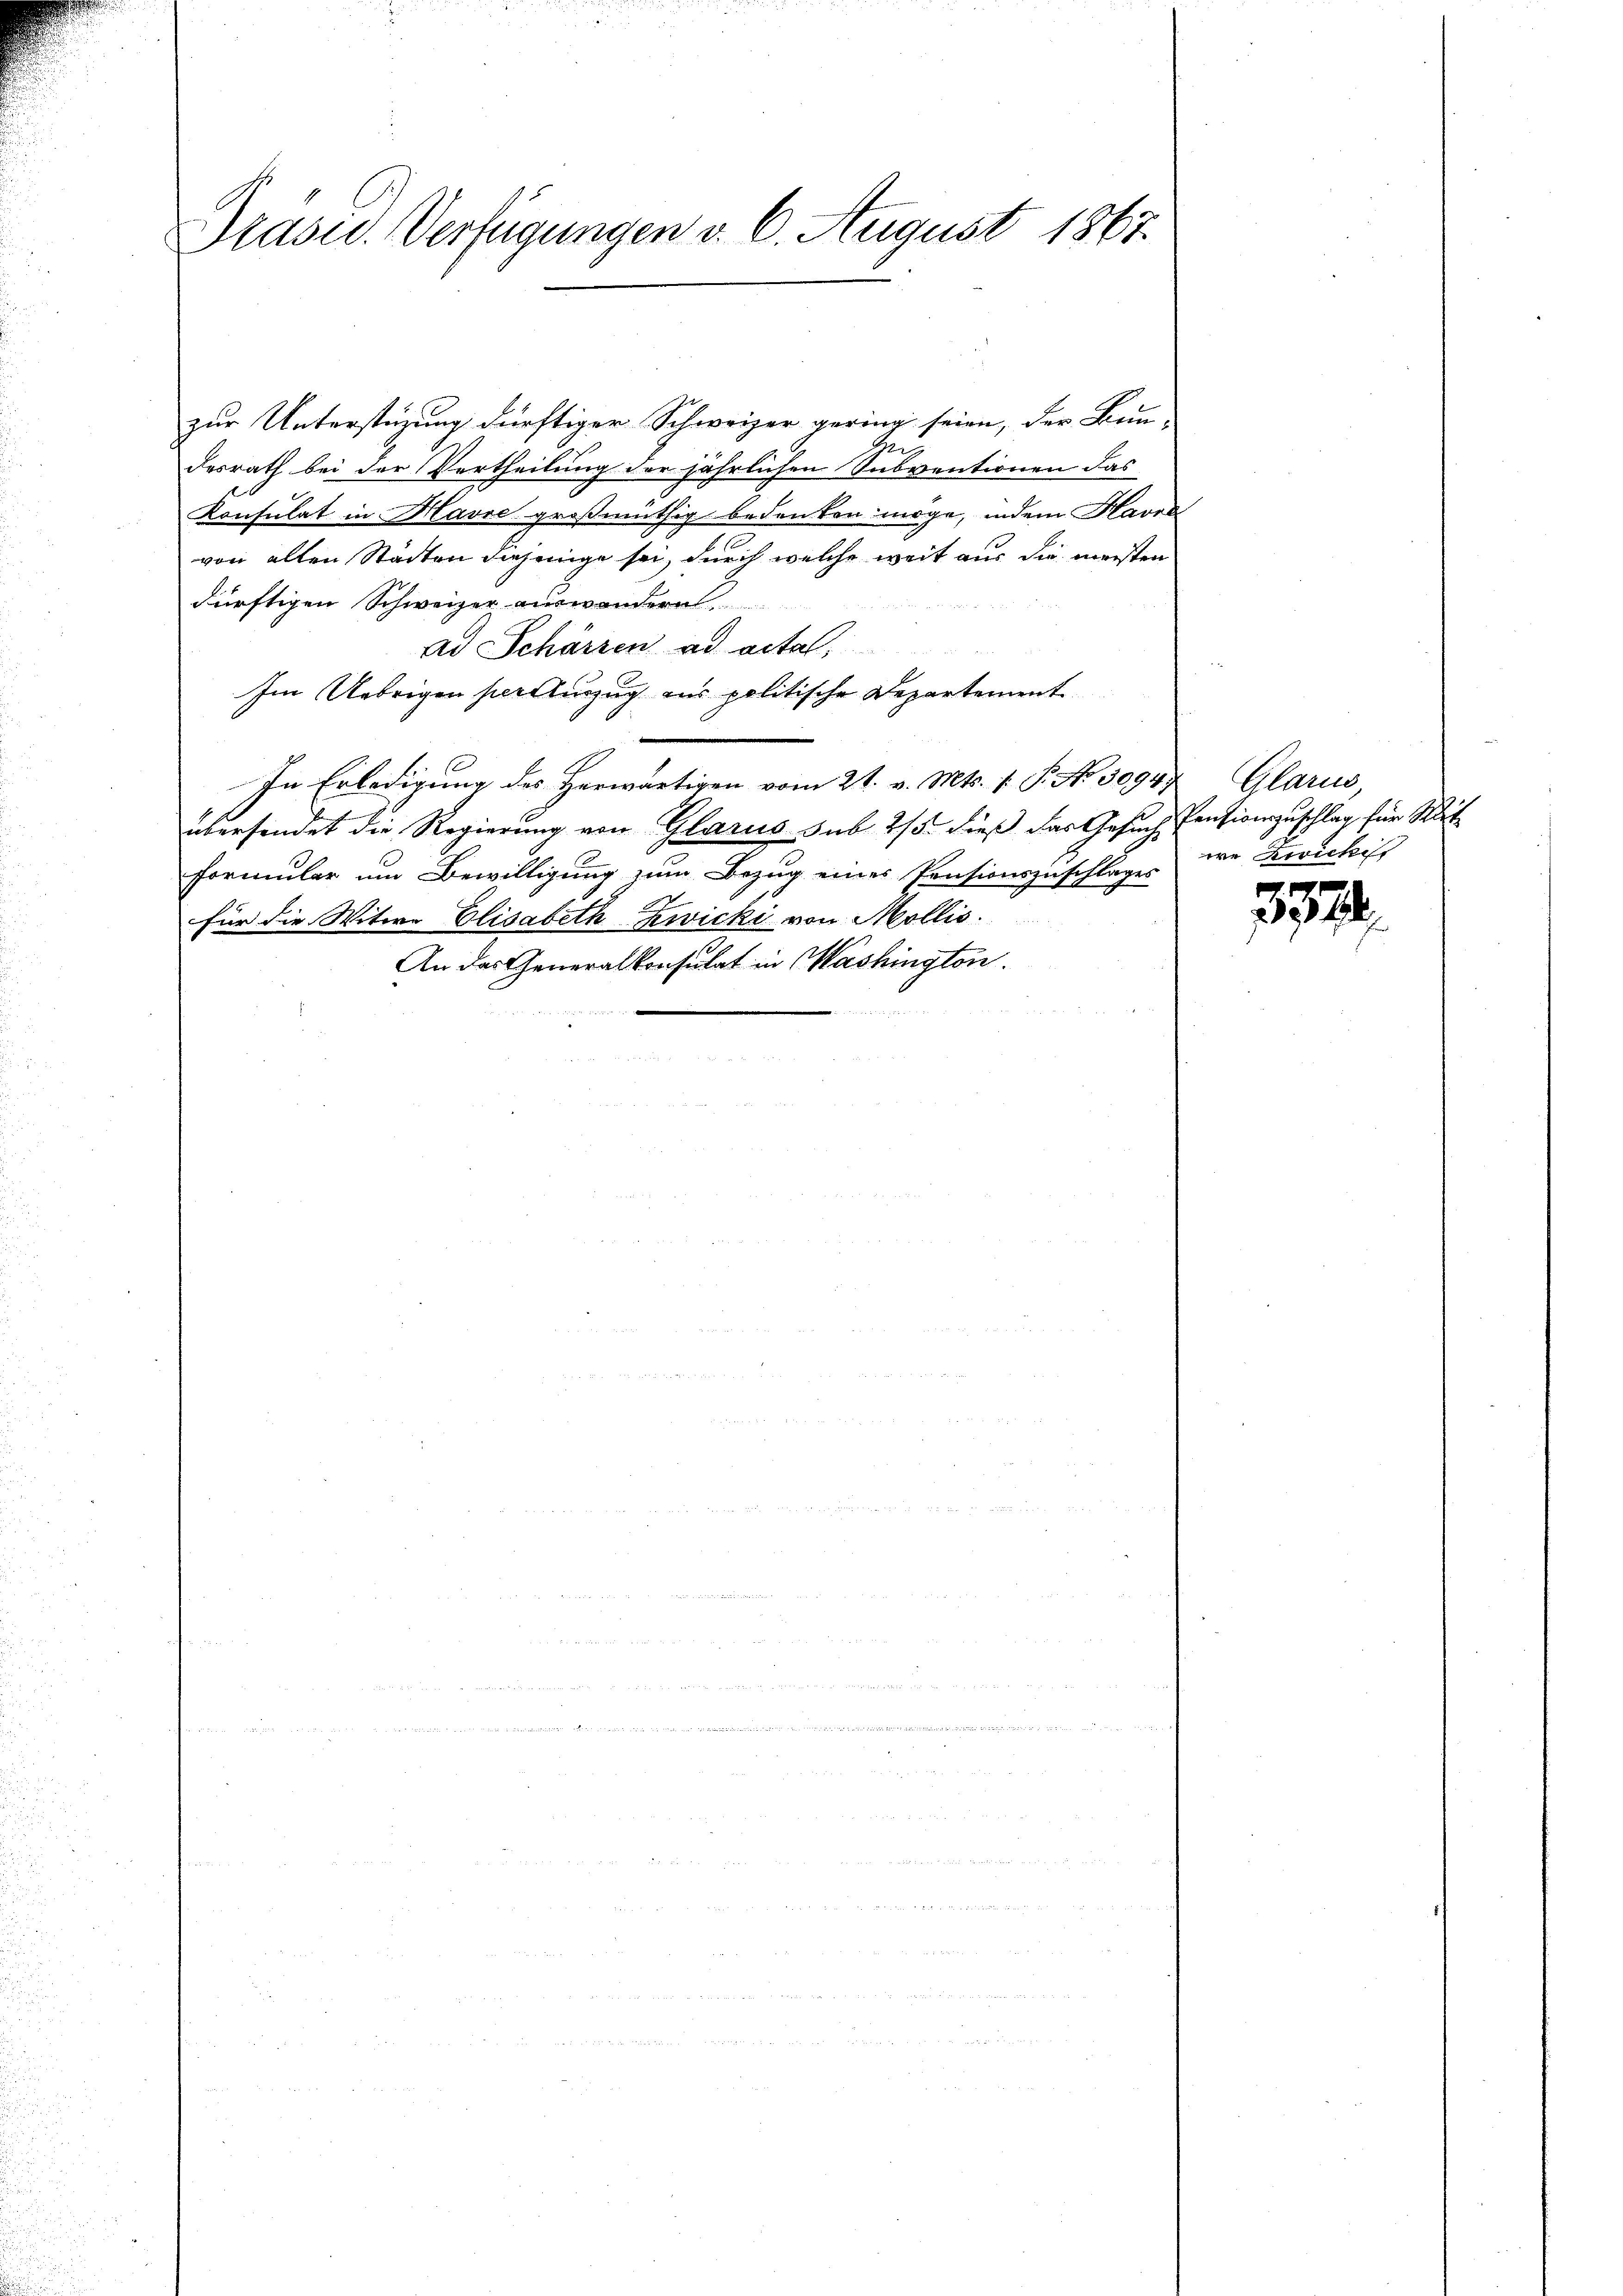
Drasu. Verfügungen v. 6. August 1867.

zur Unterstüzung dürftiger Schweizer gering seien, der Bun-
Ger
desrath bei der Vertheilung der jährlichen Subventionen das
Konsulat in Havre großmüthig bedenken möge, indem Havra
von allen Städten diejenige sei, durch welche weit aus die meisten
dürftigen Schweizer auswandern
ad Schärren ad actal,
Im Uebrigen hellinzug aus politische Departement
e
In Erledigung des Herwärtigen vom 21. v. Mts. 1. P. Nr. 30947, Glarus,
überfindet die Regierung von Glarus sub 2/5 dieß das Gesuch Pensionszuschlag für Stat
Formular um Bewilligung zum Bezug eines Pensionszuschlages
für die Witwe Elisabeth Zwicki von Mollis.
An das Generalkonsulat in Washington.
m 25. 10

we Rovichist

337.